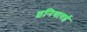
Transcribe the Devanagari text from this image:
इनियावई